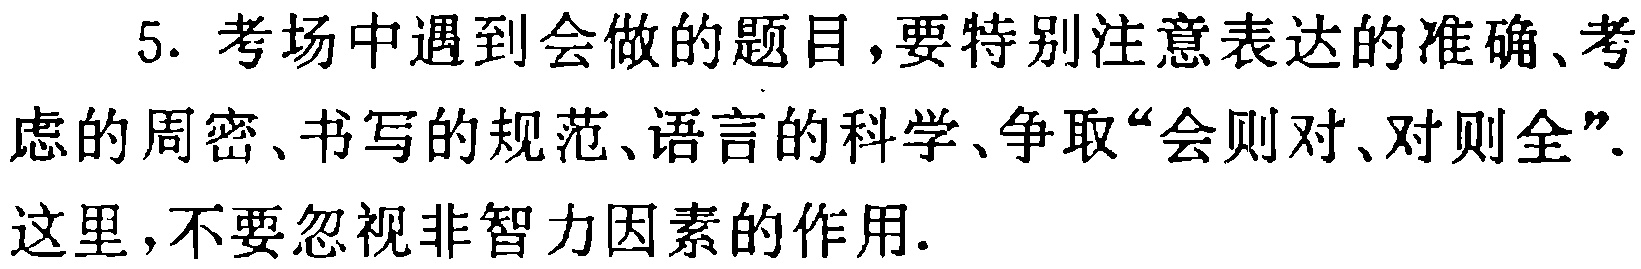
5. 考场中遇到会做的题目,要特别注意表达的准确、考虑的周密、书写的规范、语言的科学、争取“会则对、对则全”.这里,不要忽视非智力因素的作用.